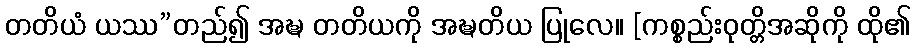
တတိယံ ယဿ”တည်၍ အဍ္ဎ တတိယကို အဍ္ဎတိယ ပြုလေ။ [ကစ္စည်းဝုတ္တိအဆိုကို ထို၏